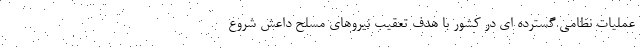
عملیات نظامی گسترده ای در کشور با هدف تعقیب نیروهای مسلح داعش شروع